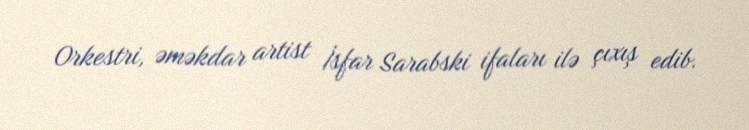
Orkestri, əməkdar artist İsfar Sarabski ifaları ilə çıxış edib.